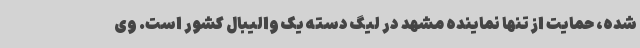
شده، حمایت از تنها نماینده مشهد در لیگ دسته یک والیبال کشور است. وی